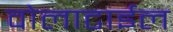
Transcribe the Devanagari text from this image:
वोलाटाईल